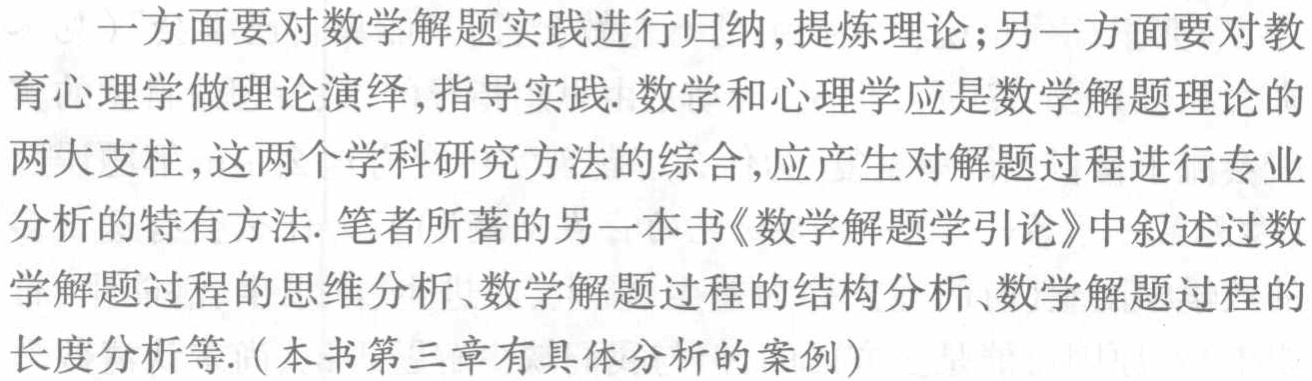
一方面要对数学解题实践进行归纳,提炼理论;另一方面要对教育心理学做理论演绎,指导实践. 数学和心理学应是数学解题理论的两大支柱,这两个学科研究方法的综合,应产生对解题过程进行专业分析的特有方法. 笔者所著的另一本书《数学解题学引论》中叙述过数学解题过程的思维分析、数学解题过程的结构分析、数学解题过程的长度分析等. (本书第三章有具体分析的案例)